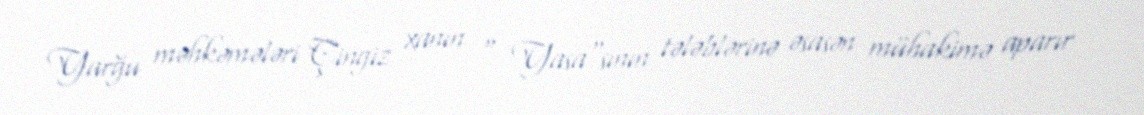
Yarğu məhkəmələri Çingiz xanın " Yasa"sının tələblərinə əsasən mühakimə aparır